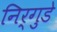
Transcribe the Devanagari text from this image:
निर्गुडे